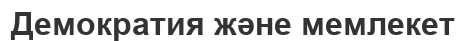
Демократия және мемлекет